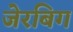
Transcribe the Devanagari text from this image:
जेरबिग